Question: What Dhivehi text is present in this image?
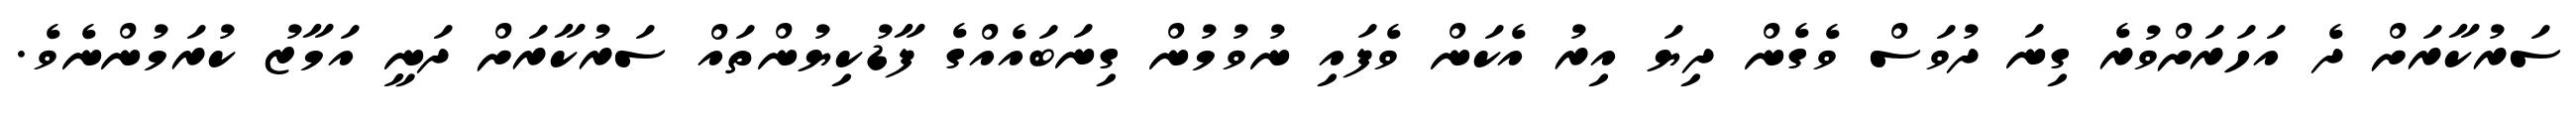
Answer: ސަރުކާރަށް ދެ އަހަރަށްވުރެ ގިނަ ދުވަސް ވެގެން ދިޔަ އިރު އެކަން ވެފައި ނުވުމުން ގިނަބައެއްގެ ފާޑުކިޔުންތައް ސަރުކާރަށް ދަނީ އަމާޒު ކުރަމުންނެވެ.